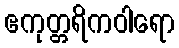
ဧကုတ္တရိကဝါရော